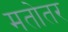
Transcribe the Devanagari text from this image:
मतोतर